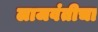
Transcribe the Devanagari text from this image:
लाजवंतीचा